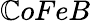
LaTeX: \mathbb{C}oFeB